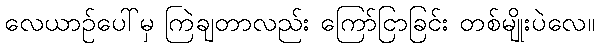
လေယာဉ်ပေါ်မှ ကြဲချတာလည်း ကြော်ငြာခြင်း တစ်မျိုးပဲလေ။